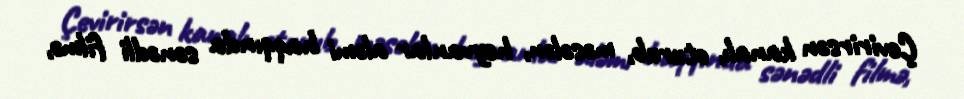
Çevirirsən kanalı, oturub, məsələn, heyvanlar aləmi haqqında sənədli filmə,